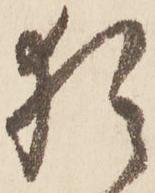
猶